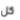
كل